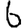
Digit: 6